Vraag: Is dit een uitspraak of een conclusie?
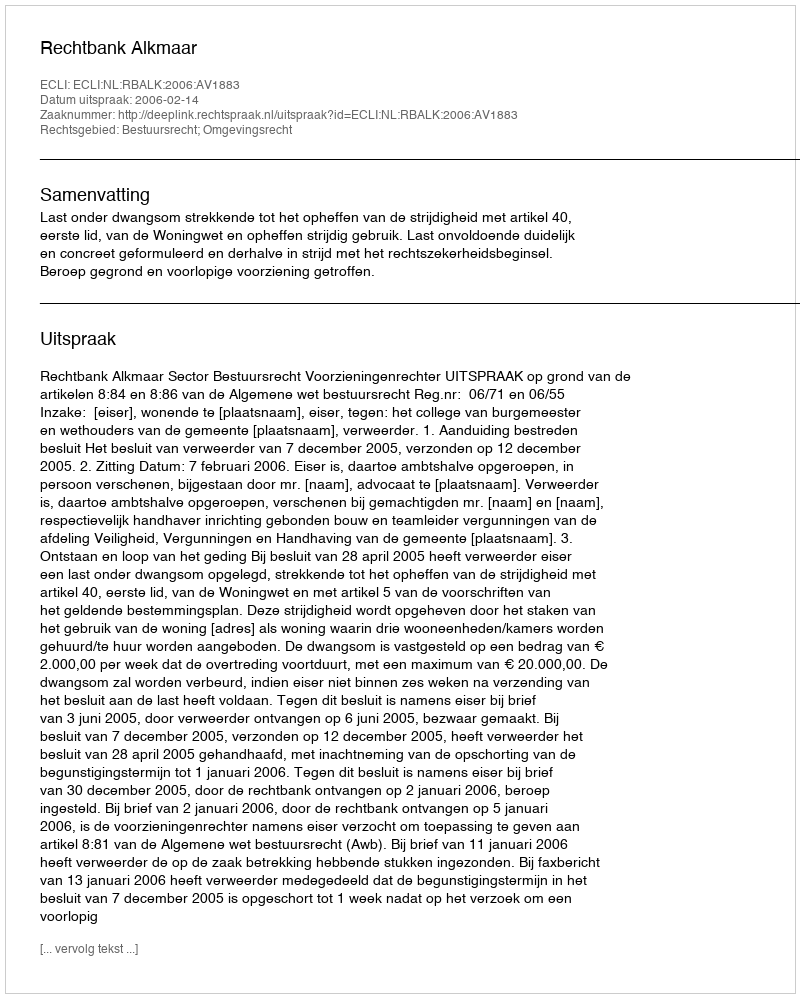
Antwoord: Uitspraak